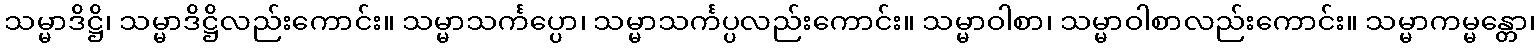
သမ္မာဒိဋ္ဌိ၊ သမ္မာဒိဋ္ဌိလည်းကောင်း။ သမ္မာသင်္ကပ္ပော၊ သမ္မာသင်္ကပ္ပလည်းကောင်း။ သမ္မာဝါစာ၊ သမ္မာဝါစာလည်းကောင်း။ သမ္မာကမ္မန္တော၊